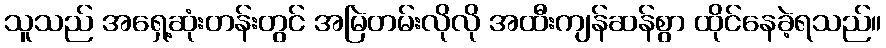
သူသည် အရှေ့ဆုံးတန်းတွင် အမြဲတမ်းလိုလို အထီးကျန်ဆန်စွာ ထိုင်နေခဲ့ရသည်။